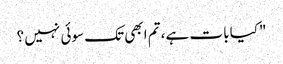
"کیا بات ہے، تم ابھی تک سوئی نہیں ؟